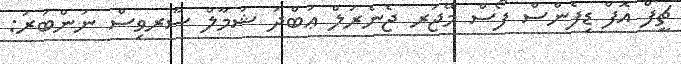
ޗީފް އޮފް ޑިފެންސް ފޯސް މޭޖަރ ޖެނެރަލް ޢަބްދު ޝަމާލް ސާރވިސް ނަންބަރު: